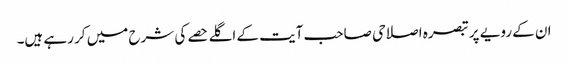
ان کے رویے پر تبصرہ اصلاحی صاحب آیت کے اگلے حصے کی شرح میں کر رہے ہیں۔